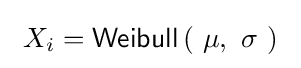
\ X_{i}={\textsf {Weibull}}\left(\ \mu ,\ \sigma \ \right)\